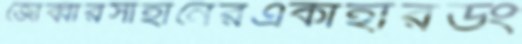
জোব্বারসাহানেরএকাহারডং